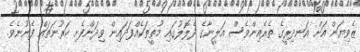
ޒެވިޔަން އަށް އަނދިރީގެ ތެރެއިންވެސް އަލީނާގެ ދެލޮލުގައި މުތީތަކެއްފަދައިން ވިދަންފެށި ކަރުނަތައް ފެނުނެވެ.